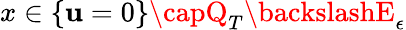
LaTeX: x\in\{ \mathbf{u}=0\} \capQ_{T}\backslashE_{\epsilon}